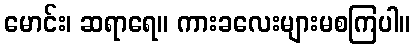
မောင်း၊ ဆရာရေ။ ကားခလေးများမစကြပါ။